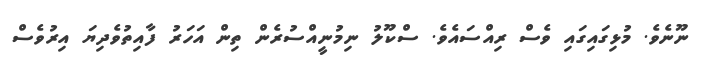
ނޫނެވެ. މުޅިގައިގައި ވެސް ރިއްސައެވެ. ސްކޫލު ނިމުނީއްސުރެން ތިން އަހަރު ފާއިތުވެދިޔަ އިރުވެސް